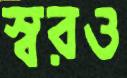
স্বরও